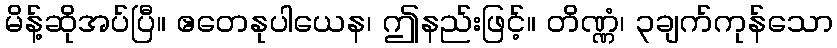
မိန့်ဆိုအပ်ပြီ။ ဧတေနုပါယေန၊ ဤနည်းဖြင့်။ တိဏ္ဏံ၊ ၃ချက်ကုန်သော